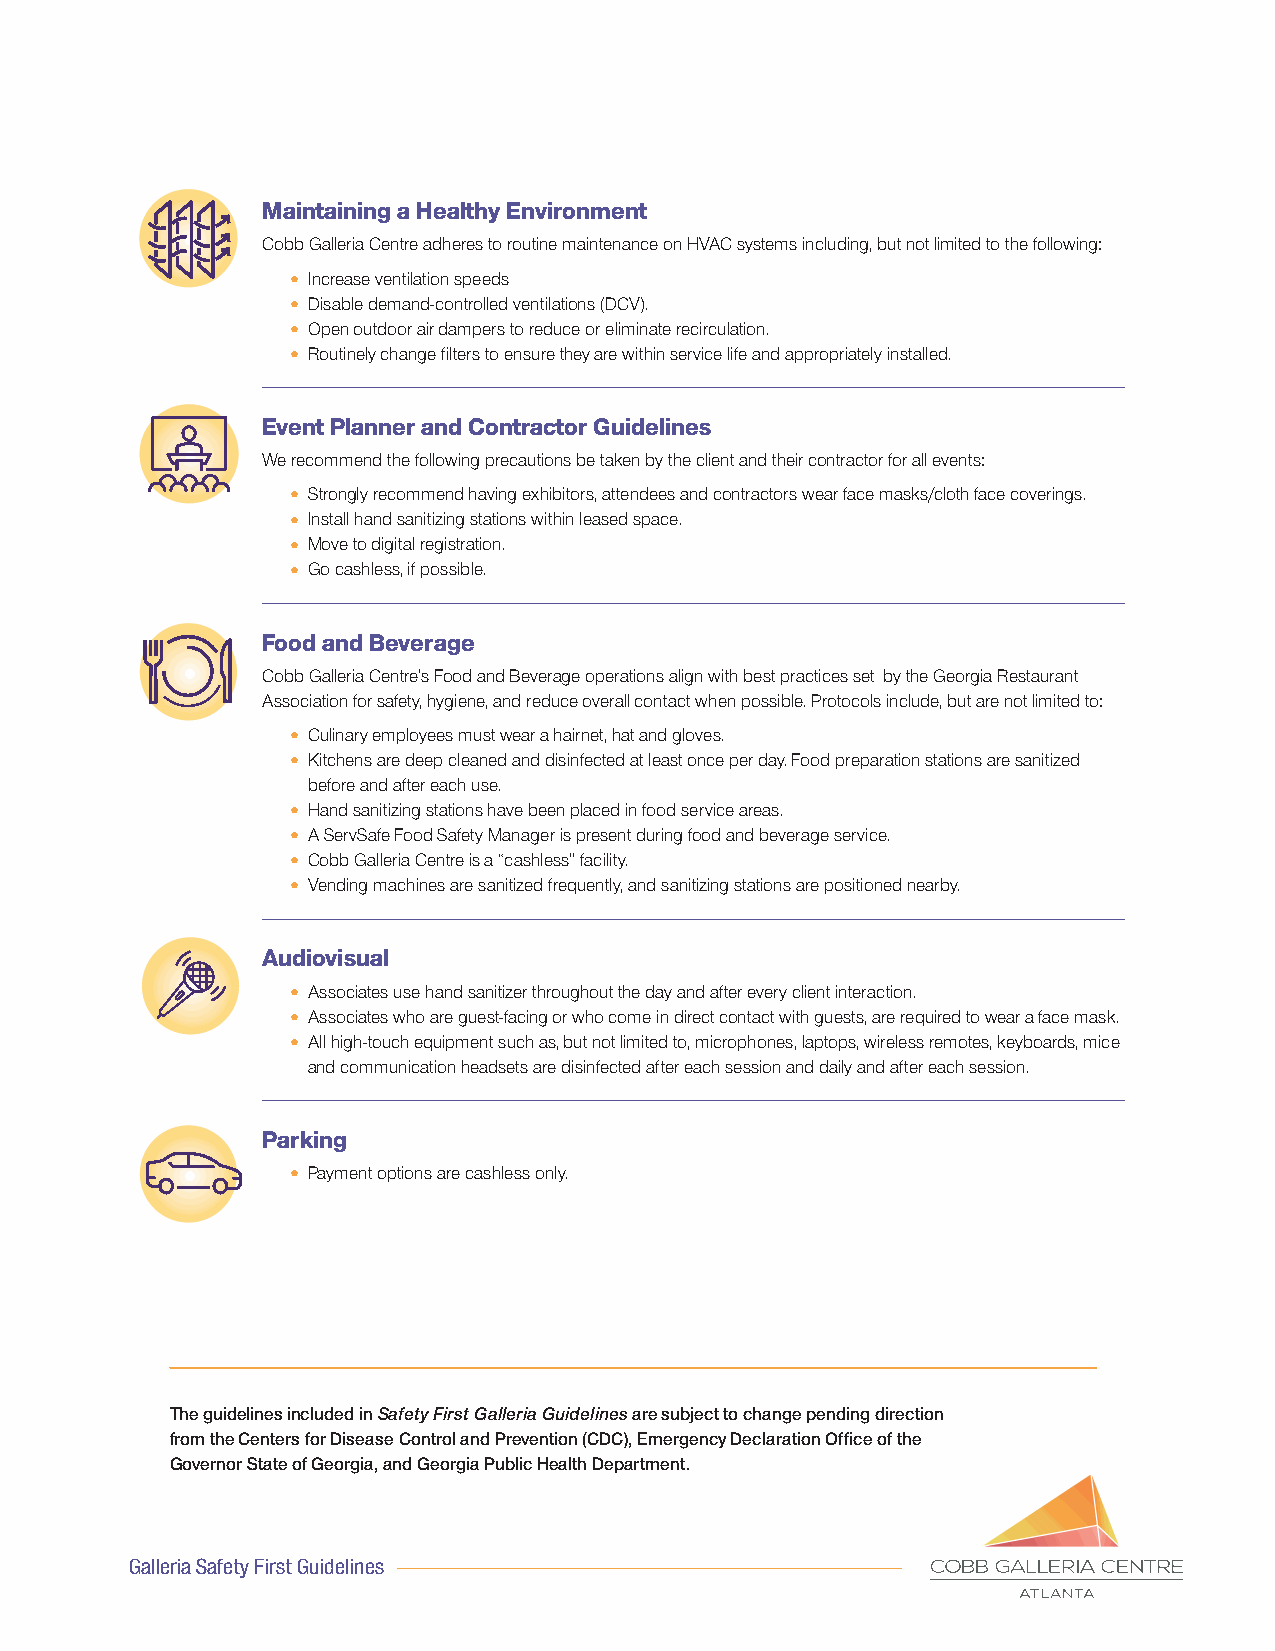
Maintaining a Healthy Environment
 Cobb Galleria Centre adheres to routine maintenance on HVAC systems including, but not limited to the following:
 • Increase ventilation speeds
 • Disable demand-controlled ventilations (DCV).
 • Open outdoor air dampers to reduce or eliminate recirculation.
 • Routinely change filters to ensure they are within service life and appropriately installed.
 Event Planner and Contractor Guidelines
 We recommend the following precautions be taken by the client and their contractor for all events:
 • Strongly recommend having exhibitors, attendees and contractors wear face masks/cloth face coverings.
 • Install hand sanitizing stations within leased space.
 • Move to digital registration.
 • Go cashless, if possible.
 Food and Beverage
 Cobb Galleria Centre’s Food and Beverage operations align with best practices set by the Georgia Restaurant
 Association for safety, hygiene, and reduce overall contact when possible. Protocols include, but are not limited to:
 • Culinary employees must wear a hairnet, hat and gloves.
 • Kitchens are deep cleaned and disinfected at least once per day. Food preparation stations are sanitized
 before and after each use.
 • Hand sanitizing stations have been placed in food service areas.
 • A ServSafe Food Safety Manager is present during food and beverage service.
 • Cobb Galleria Centre is a “cashless” facility.
 • Vending machines are sanitized frequently, and sanitizing stations are positioned nearby.
 Audiovisual
 • Associates use hand sanitizer throughout the day and after every client interaction.
 • Associates who are guest-facing or who come in direct contact with guests, are required to wear a face mask.
 • All high-touch equipment such as, but not limited to, microphones, laptops, wireless remotes, keyboards, mice
 and communication headsets are disinfected after each session and daily and after each session.
 Parking
 • Payment options are cashless only.
 The guidelines included in Safety First Galleria Guidelines are subject to change pending direction
 from the Centers for Disease Control and Prevention (CDC), Emergency Declaration Office of the
 Governor State of Georgia, and Georgia Public Health Department.
 Galleria Safety First Guidelines